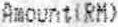
AMOUNT(RM)